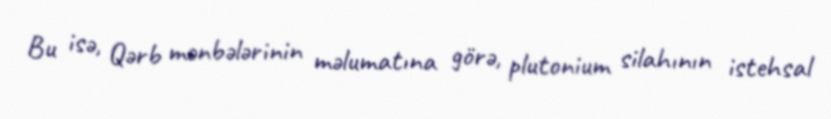
Bu isə, Qərb mənbələrinin məlumatına görə, plutonium silahının istehsal